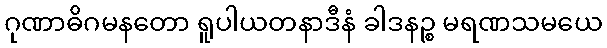
ဂုဏာဓိဂမနတော ရူပါယတနာဒီနံ ခါဒနဉ္စ မရဏသမယေ